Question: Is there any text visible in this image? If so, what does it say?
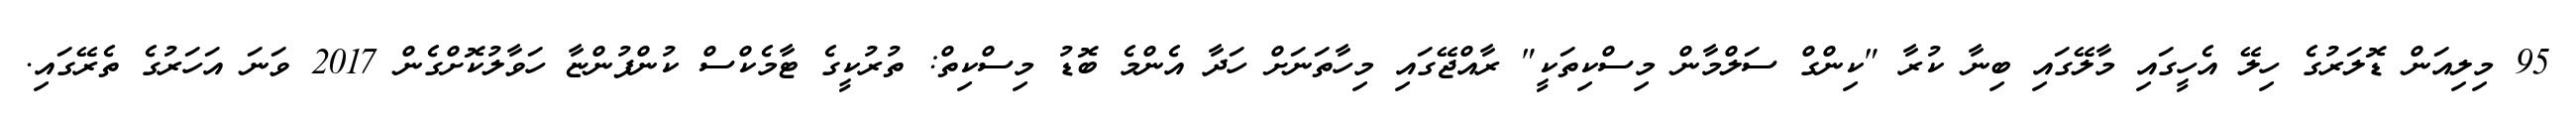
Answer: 95 މިލިއަން ޑޮލަރުގެ ހިލޭ އެހީގައި މާލޭގައި ބިނާ ކުރާ "ކިންގް ސަލްމާން މިސްކިތަކީ" ރާއްޖޭގައި މިހާތަނަށް ހަދާ އެންމެ ބޮޑު މިސްކިތް: ތުރުކީގެ ޓާމެކްސް ކުންފުންޏާ ހަވާލުކޮށްގެން 2017 ވަނަ އަހަރުގެ ތެރޭގައި.